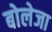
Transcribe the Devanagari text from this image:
बोलेजा